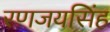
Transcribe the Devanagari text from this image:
रणजयसिंह